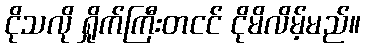
ငိုသလို ရှိုက်ကြီးတငင် ငိုမိလိမ့်မည်။